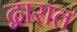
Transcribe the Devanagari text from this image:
द्वारात